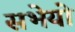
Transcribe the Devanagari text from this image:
सभेयो